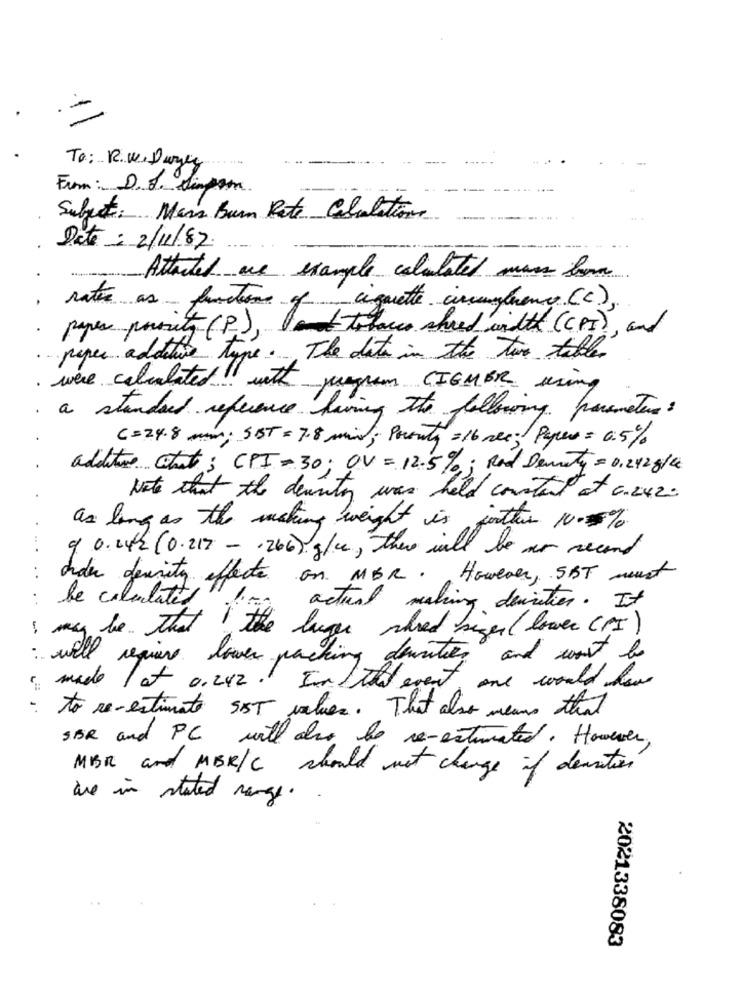
To: R.W. Duzey
From: D. S. tim
Simpom.
Subject: Mars Burn Rate Calculations
Date: 2/11/82.
Attached are example calculated
natur as functions of ciquette anangleene (C),
paper portcity (P), attracco sheed width (CPI), and
paper additive type. The data in the two tables
were calculated with jungram CIEMBR using
. a standard reference having the following parameters:
(= 24.8 min; SBT = 7.8 min; Ponty =16 ree; Pues = 0.5%
additive chat ; CPI = 30; OV = 12.5%; Rod Dematy = 0,242g/l
Note that the density was held constant at 6.2420
as long as the making weight is jotter 100%
.. .
9. 0.04/2 (0.217 - 266) g/ce, there will be ar second
cider density effect on MBR. However, SBT must
. .
: be calculated.
actual making densities. It
s may be. That the luge shred siger( lower (PI )
: well requiere lower packing dewities and was to
made 1 at 0.242. In the event one would low
- to re-estimate SIST values. That also means that
SBR and PC will also be re-estimated. However,
MBR and MER/C should not change of densities
are in stated range.
2021338083